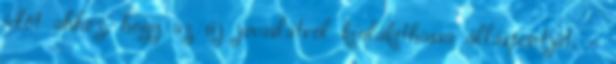
időt ahhoz, hogy az új javaslatról kialakíthassa álláspontját. –